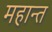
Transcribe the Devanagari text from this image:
महान्त